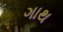
ગાથ